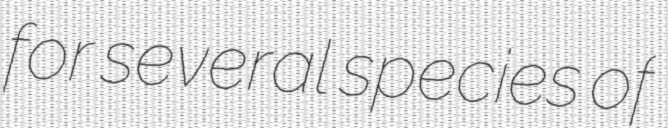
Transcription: for several species of